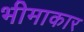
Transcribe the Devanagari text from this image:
भीमाकार